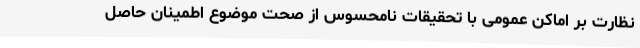
نظارت بر اماکن عمومی با تحقیقات نامحسوس از صحت موضوع اطمینان حاصل